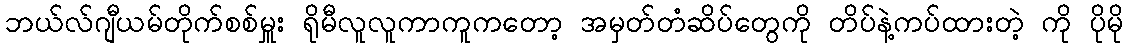
ဘယ်လ်ဂျီယမ်တိုက်စစ်မှူး ရိုမီလူလူကာကူကတော့ အမှတ်တံဆိပ်တွေကို တိပ်နဲ့ကပ်ထားတဲ့ ကို ပိုမို